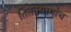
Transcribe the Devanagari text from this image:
तितक्यायाच